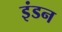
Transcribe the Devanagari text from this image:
इंडन